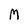
Character: M